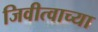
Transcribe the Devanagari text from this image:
जिवीत्वाच्या